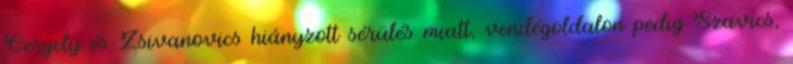
Gergely és Zsivanovics hiányzott sérülés miatt, vendégoldalon pedig Szavics,